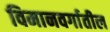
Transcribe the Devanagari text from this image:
विमानवर्गातील